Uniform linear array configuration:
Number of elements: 8
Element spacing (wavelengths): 1
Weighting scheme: hamming
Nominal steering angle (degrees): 30
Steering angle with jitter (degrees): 28.265
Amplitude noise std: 0.05
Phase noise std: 0.05

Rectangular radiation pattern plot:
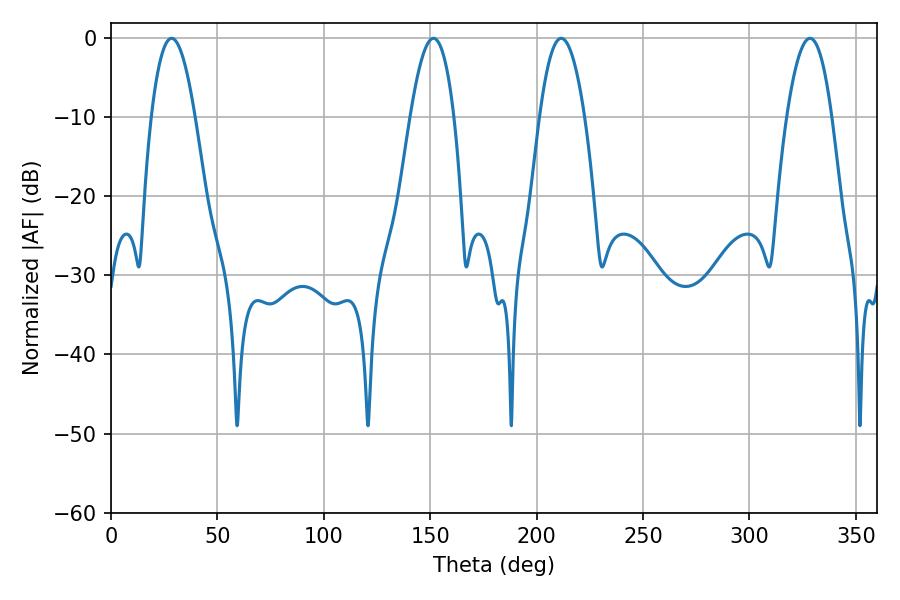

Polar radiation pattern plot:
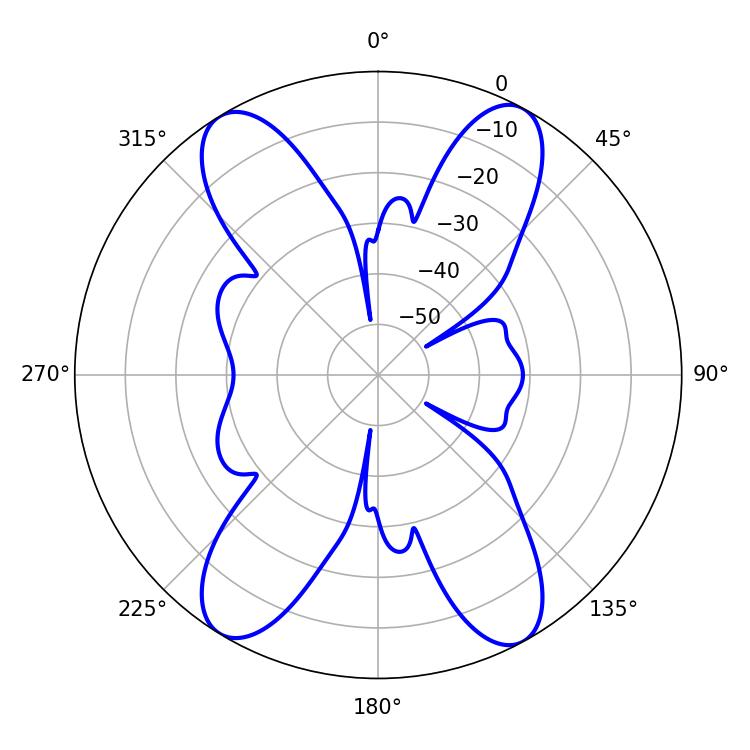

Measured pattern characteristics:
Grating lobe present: TRUE
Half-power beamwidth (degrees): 11.34
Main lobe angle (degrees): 28.44